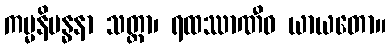
ကမ္မနိဗန္ဓနာ သတ္တာ၊ ရထဿာဏီဝ ယာယတော။